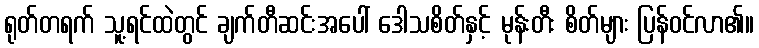
ရုတ်တရက် သူ့ရင်ထဲတွင် ချက်တီဆင်းအပေါ် ဒေါသစိတ်နှင့် မုန်းတီး စိတ်များ ပြန်ဝင်လာ၏။